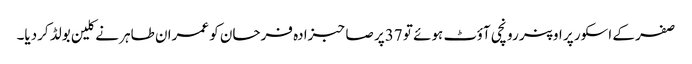
صفر کے اسکور پر اوپنر رونچی آؤٹ ہوئے تو 37پر صاحبزادہ فرحان کو عمران طاہر نے کلین بولڈ کردیا۔